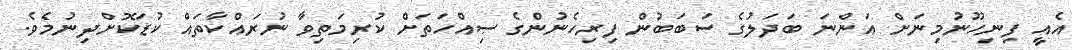
އެއީ ފިނިހޫނުމިނަށް އަންނަ ބަދަލުގެ ސަބަބުން ފިރިހެނުންގެ ޞިއްހަތަށް ކުރިމަތިވާ ނުރައްކާތައް ކުޑަކޮށްދިނުމެވެ.